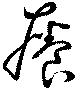
癢